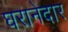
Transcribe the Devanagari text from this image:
घरानेदार